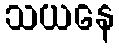
သယနေ